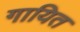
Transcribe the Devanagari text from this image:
गायित